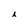
Character: i